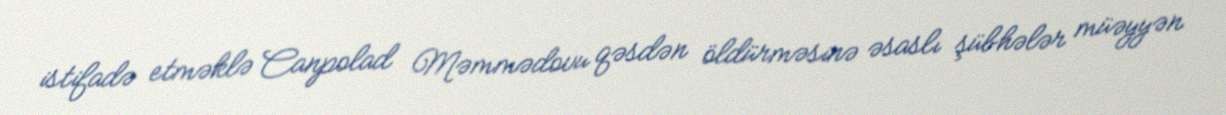
istifadə etməklə Canpolad Məmmədovu qəsdən öldürməsinə əsaslı şübhələr müəyyən